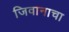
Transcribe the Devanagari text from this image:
जिवानाचा